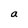
Character: a